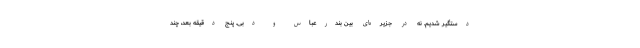
دستگیر شدیم. نه در جزیره‌ای بین بندرعباس و دبی. پنج دقیقه بعد، چند